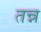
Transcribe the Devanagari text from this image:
तन्न